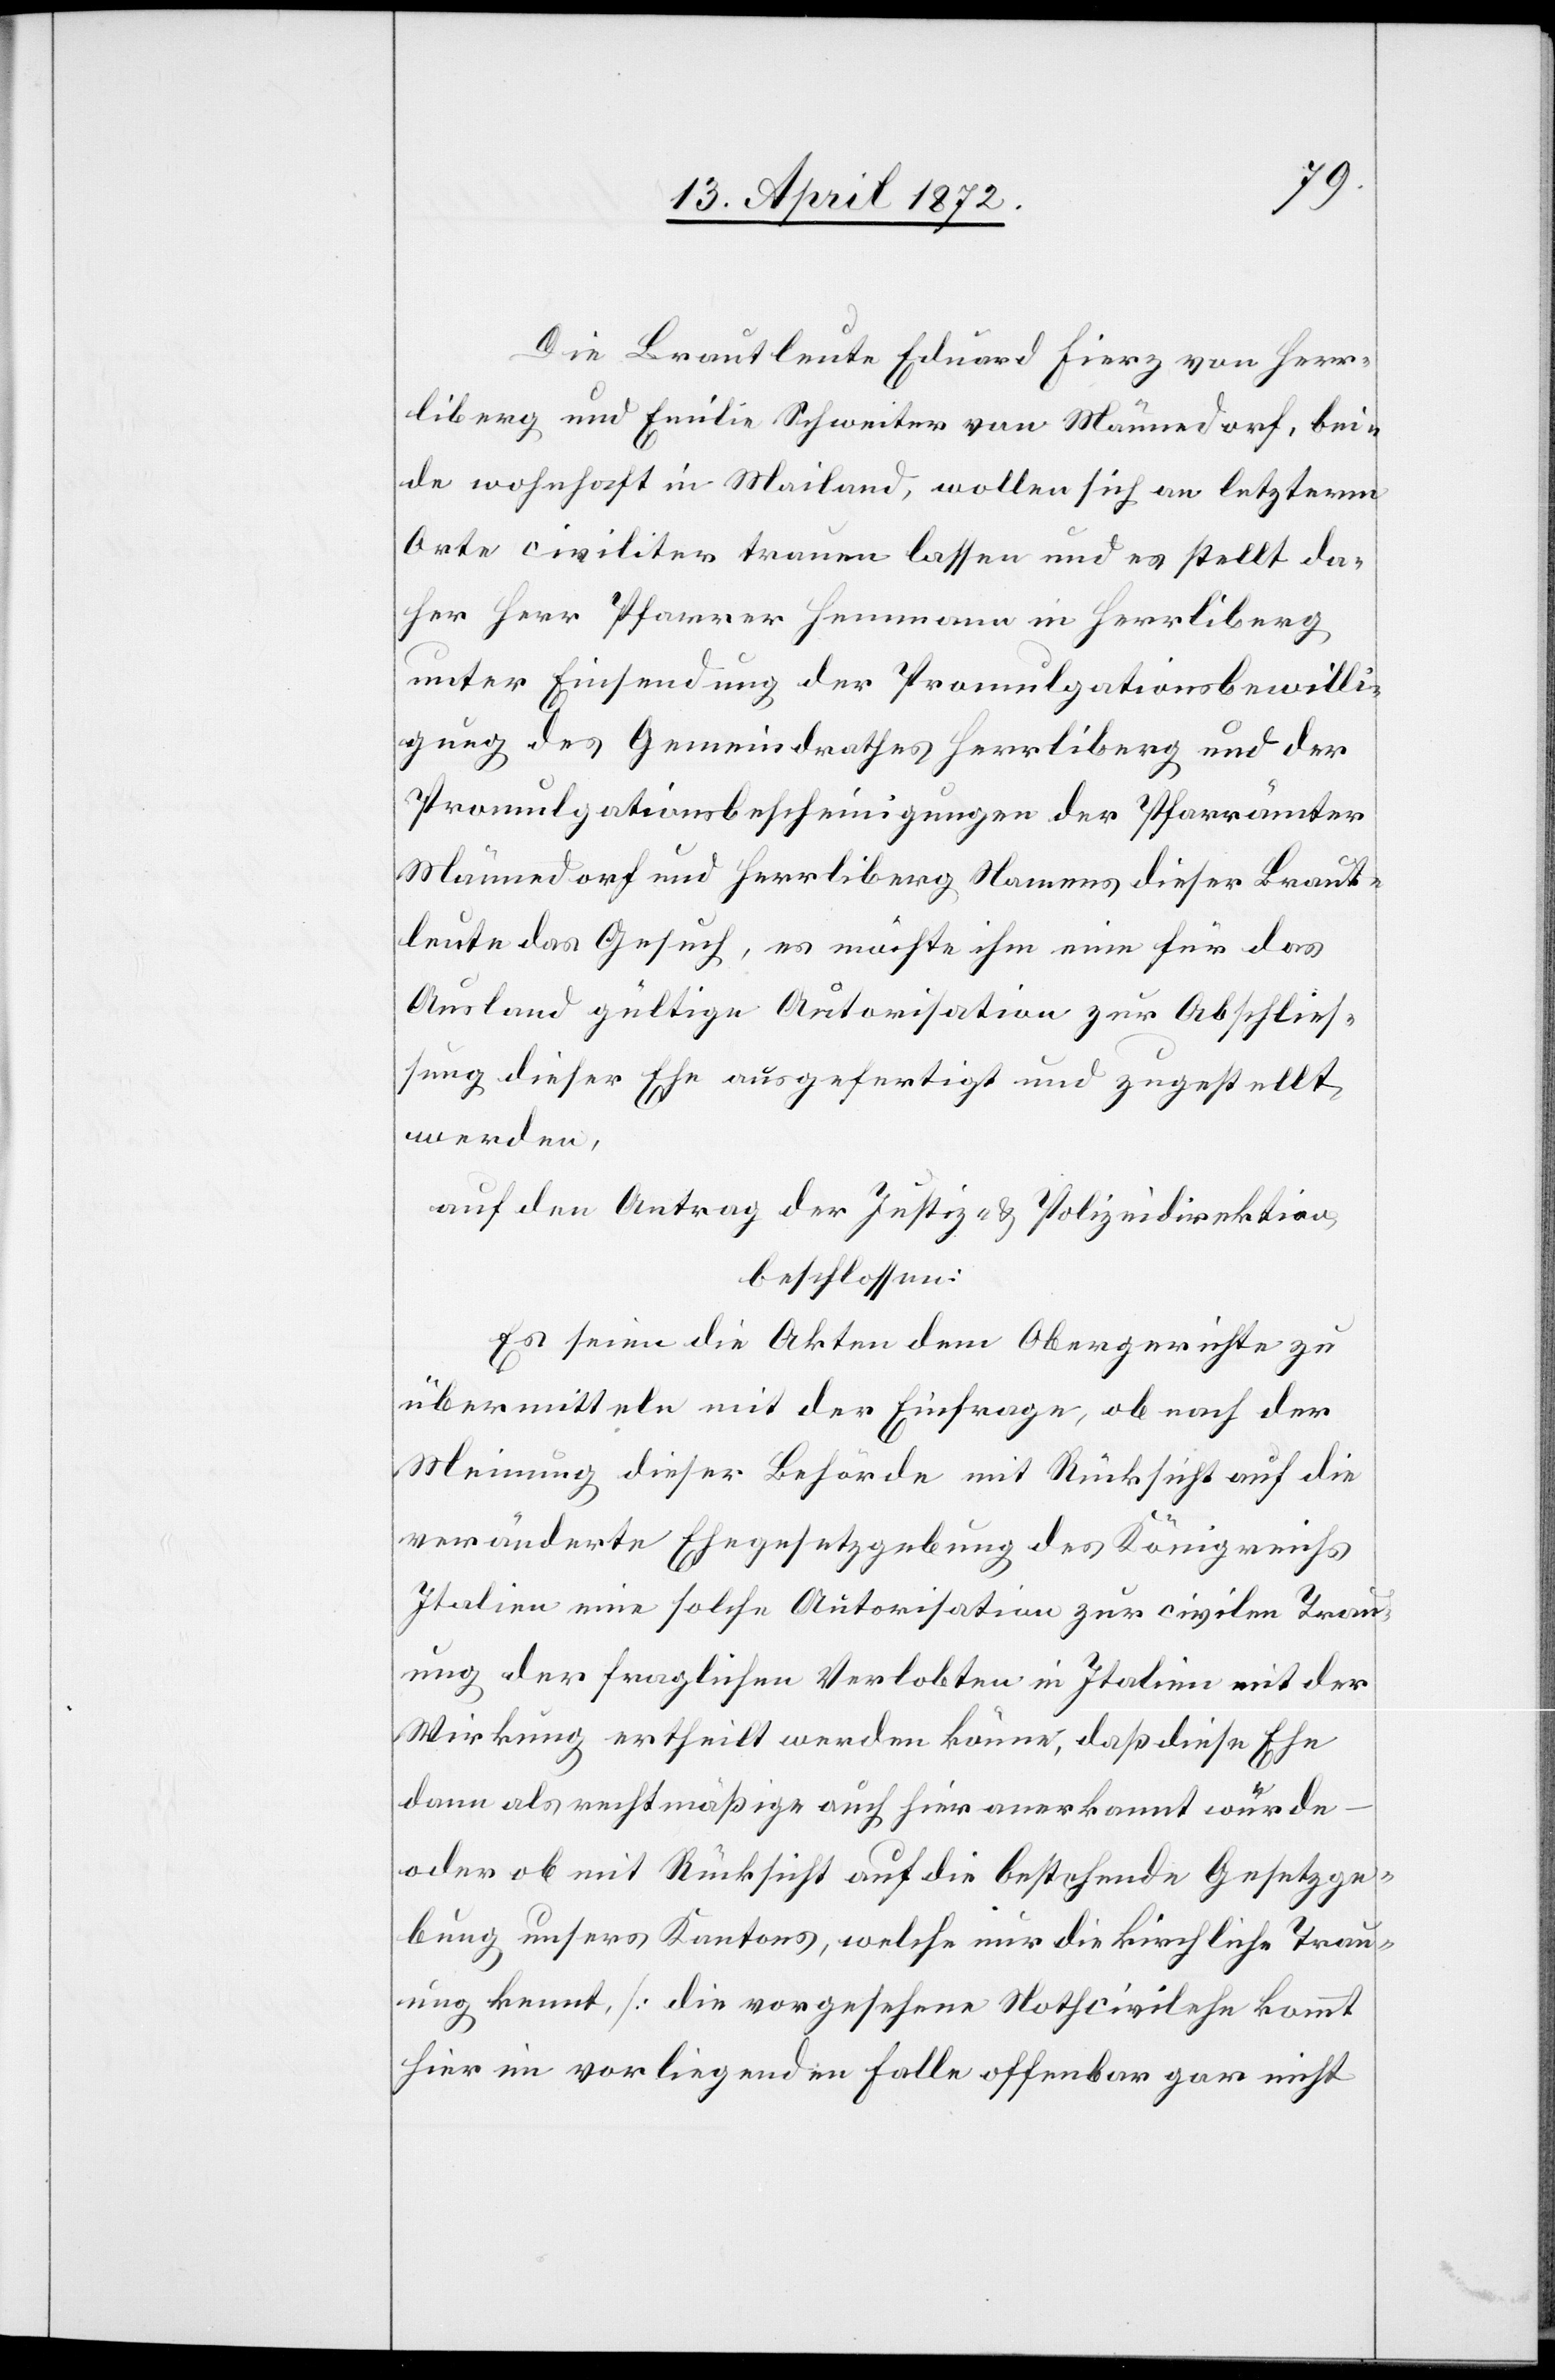
Die Brautleute Eduard Fierz von Herr¬
liberg und Emilie Schweiter von Männedorf, bei¬
de wohnhaft in Mailand, wollen sich an letzterm
Orte civiliter trauen lassen und es stellt da¬
her Herr Pfarrer Hemmann in Herrliberg
unter Einsendung der Promulgationsbewilli¬
gung des Gemeindrathes Herrliberg und der
Promulgationsbescheinigungen der Pfarrämter
Männedorf und Herrliberg Namens dieser Braut¬
leute das Gesuch, es möchte ihm eine für das
Ausland gültige Autorisation zur Abschließ¬
ung dieser Ehe ausgefertigt und zugestellt
werden,
auf den Antrag der Justiz- u. Polizeidirektion,
beschlossen:
Es seien die Akten dem Obergerichte zu
übermitteln mit der Einfrage, ob nach der
Meinung dieser Behörde mit Rücksicht auf die
veränderte Ehegesetzgebung des Königreichs
Italien eine solche Autorisation zur civilen Trau¬
ung der fraglichen Verlobten in Italien mit der
Wirkung ertheilt werden könne, daß diese Ehe
dann als rechtmäßige auch hier anerkannt würde
oder ob mit Rücksicht auf die bestehende Gesetzge¬
bung unsers Kantons, welche nur die kirchliche Trau¬
ung kennt, [die vorgesehene Nothcivilehe kommt
hier im vorliegenden Falle offenbar gar nicht